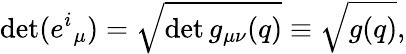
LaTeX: \operatorname*{det}({e^{i}}_{\mu})=\sqrt{\operatorname*{det}g_{\mu\nu}(q)}\equiv\sqrt{g(q)},